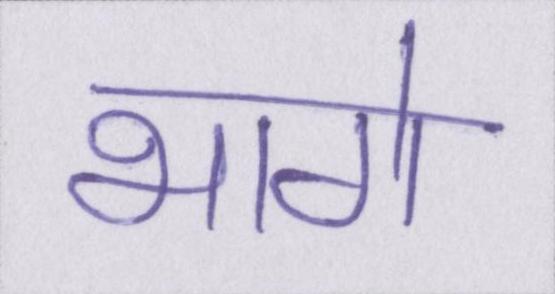
भागे